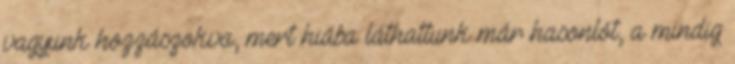
vagyunk hozzászokva, mert hiába láthattunk már hasonlót, a mindig